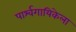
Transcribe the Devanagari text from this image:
पार्श्वगायिकेला